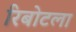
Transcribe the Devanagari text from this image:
रिबोटला